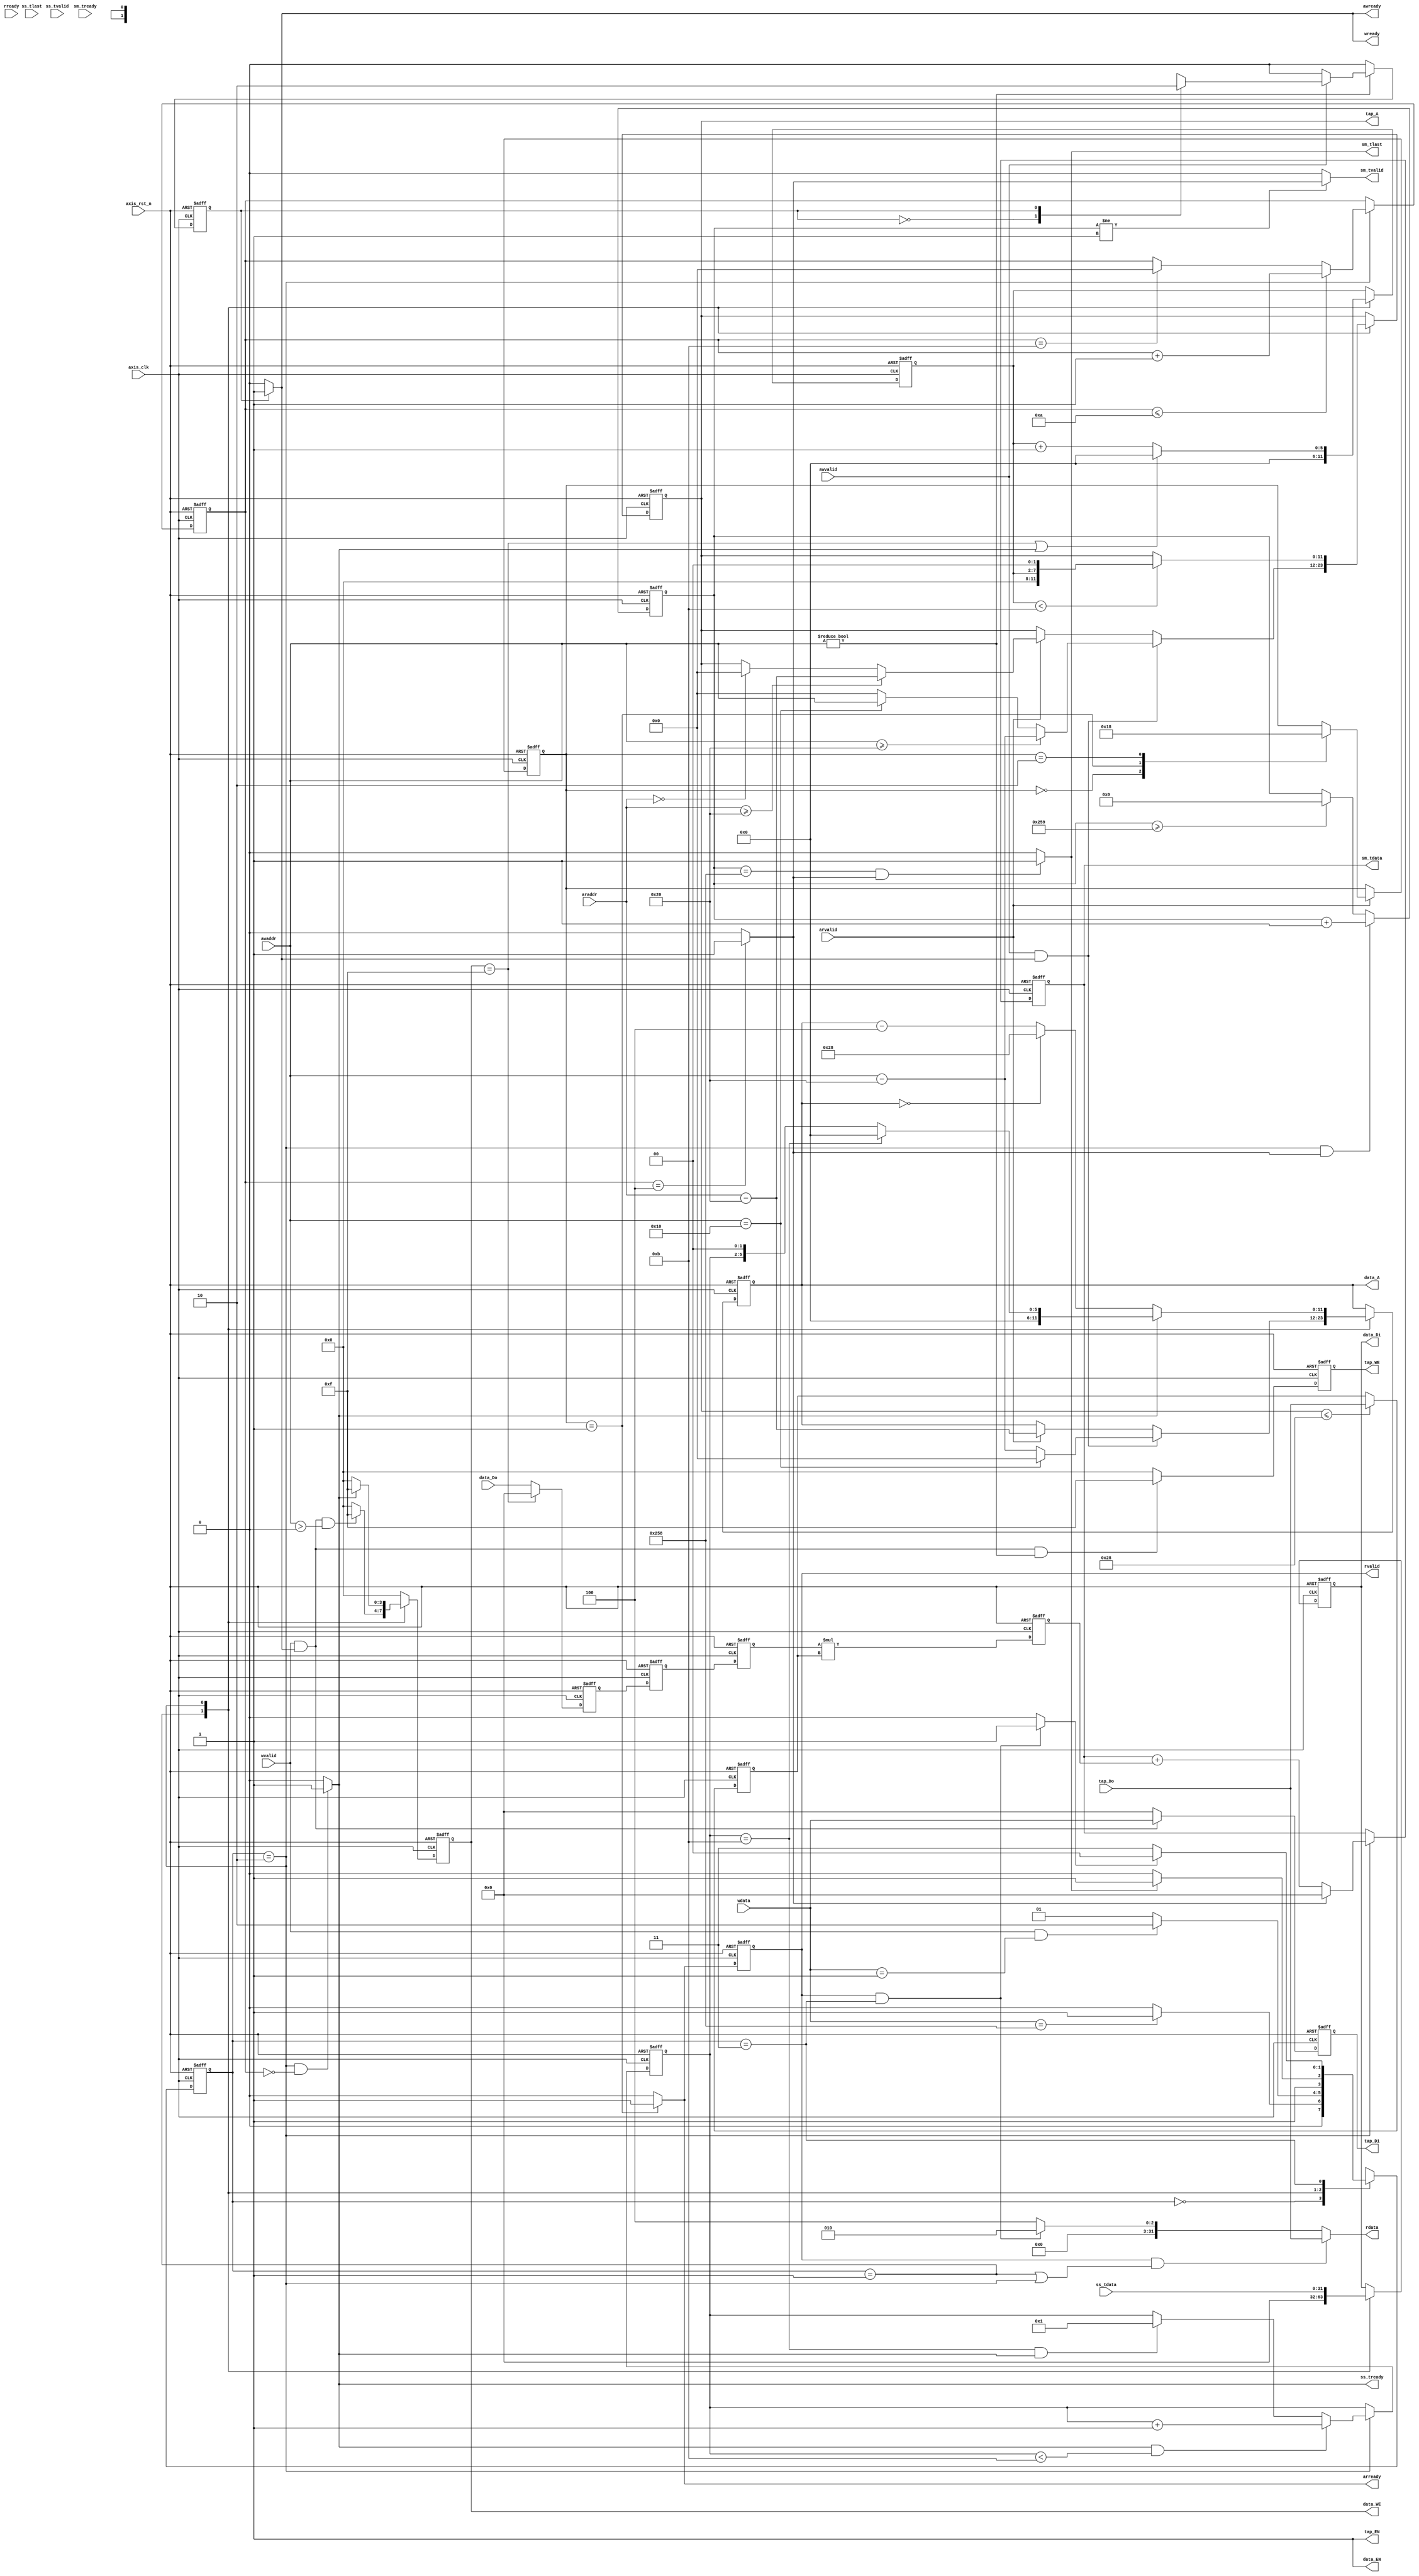
// Company: NTHU EE
// Engineer: 
`timescale 1ns / 1ps
module fir 
#(  parameter pADDR_WIDTH = 12,
    parameter pDATA_WIDTH = 32,
    parameter Tape_Num    = 11
)
(
    //Read address channel(RA)
    output  wire                     arready,
    input   wire [(pADDR_WIDTH-1):0] araddr,
    input   wire                     arvalid, 
    //Read data channel(RD)
    output  reg                      rvalid,
    output  wire [(pDATA_WIDTH-1):0] rdata,
    input   wire                     rready,
    //Write address channel(WA)
    output  wire                     awready,
    input   wire [(pADDR_WIDTH-1):0] awaddr,
    input   wire                     awvalid,
    //Write data channel(WD)
    output  wire                     wready,
    input   wire                     wvalid,
    input   wire [(pDATA_WIDTH-1):0] wdata,


    //streaming
    output  wire                     ss_tready,
    output  wire                     sm_tvalid, 
    output  wire [(pDATA_WIDTH-1):0] sm_tdata, 
    output  wire                     sm_tlast, 
    input   wire                     ss_tvalid, 
    input   wire [(pDATA_WIDTH-1):0] ss_tdata, 
    input   wire                     ss_tlast, 
    input   wire                     sm_tready, 

    
    // bram for tap RAM
    output  wire [3:0]               tap_WE,
    output  wire                     tap_EN,
    output  wire [(pDATA_WIDTH-1):0] tap_Di,
    output  wire [(pADDR_WIDTH-1):0] tap_A,
    input   wire [(pDATA_WIDTH-1):0] tap_Do,

    // bram for data RAM
    output  wire [3:0]               data_WE,
    output  wire                     data_EN,
    output  wire [(pDATA_WIDTH-1):0] data_Di,
    output  wire [(pADDR_WIDTH-1):0] data_A,
    input   wire [(pDATA_WIDTH-1):0] data_Do,

    input   wire                     axis_clk,
    input   wire                     axis_rst_n
);

//------------------FSM----------------------//
parameter                   IDLE = 2'd0;
parameter                   TAP2BRAM = 2'd1;
parameter                   COMPUTE = 2'd2;
parameter                   DONE = 2'd3;
reg     [1:0]               next_state;
reg     [1:0]               STATE;

//------------------AXI LITE------------------//
reg                         tap_wdata_wen;  
reg [1:0]                   tap_rdata_cnt;
reg [5:0]                   tap_A_cnt;                                         
reg                         awready_reg;    
reg                         wready_reg;

reg [(pADDR_WIDTH-1):0]     tap_A_reg;
reg [(pDATA_WIDTH-1):0]     tap_Di_reg;
reg [3:0]                   tap_WE_reg;

reg                         arready_reg;
reg                         rvalid_reg;
//------------------AXI Streaming--------------//
reg    [(pDATA_WIDTH-1):0]  data_Di_reg;
reg    [(pADDR_WIDTH-1):0]  data_A_reg;
reg    [3:0]                data_WE_reg;

reg    [(pADDR_WIDTH-1):0]  cal_cnt;
reg    [3:0]                fifo_cnt_ptr,fifo_cnt_ptr_next;
reg    [9:0]                gold_num,gold_num_next;

reg    [(pDATA_WIDTH-1):0]  coef;
reg    [(pDATA_WIDTH-1):0]  data_Xn;
reg    [(pDATA_WIDTH-1):0]  mult_result;
reg    [(pDATA_WIDTH-1):0]  data_Yn;
wire                        one_cycle_done;
wire ap_done;

assign ap_done = (STATE == DONE && rvalid) ? 1'b1 : 1'b0;

//fsm
always @(posedge axis_clk or negedge axis_rst_n) begin
    if(!axis_rst_n) STATE <= IDLE;
    else STATE <= next_state;
end

always @(*) begin
    case(STATE)
        IDLE:     next_state = (wdata == 32'd600) ? TAP2BRAM : IDLE;
        TAP2BRAM: next_state = (wvalid && wdata == 32'd1) ? COMPUTE : TAP2BRAM;
        COMPUTE:  next_state = (sm_tlast) ? DONE : COMPUTE;
        DONE:     next_state = (ap_done) ? IDLE : DONE;
        default:  next_state = IDLE;  
    endcase
end

//tap bram
assign tap_EN = 1'd1;
assign tap_A = tap_A_reg;
assign tap_Di = tap_Di_reg;
assign tap_WE = tap_WE_reg;

//awvalid form tb to control tap_wdata_wen
always @(posedge axis_clk or negedge axis_rst_n) begin
    if(~axis_rst_n) tap_wdata_wen <= 1'b0;
    else if(awaddr != 12'd0) begin
        tap_wdata_wen <= 1'd0;
        if (awvalid)begin
            case(tap_wdata_wen)
            1'b0:tap_wdata_wen <= 1'd1;
            1'b1:tap_wdata_wen <= 1'd0;
            default:tap_wdata_wen <= 1'd0;
            endcase
        end
    end
    else tap_wdata_wen <= 1'd0;
end
//write hs control
assign awready = (tap_wdata_wen)? 1:0;
assign wready =  (tap_wdata_wen)? 1:0;
//read hs control
assign arready = (tap_rdata_cnt == 2'd1)? 1:0; 

//rvalid = arready delay one clk
always @(posedge axis_clk or negedge axis_rst_n) begin
    if(~axis_rst_n) rvalid <= 1'd0;
    else rvalid <= arready;
end

//tap_Di
always @(posedge axis_clk or negedge axis_rst_n) begin
    if(~axis_rst_n) tap_Di_reg <= 32'b0;
    else tap_Di_reg <= (wvalid && wready) ? wdata : 32'b0;
end
//tap_we
always @(posedge axis_clk or negedge axis_rst_n) begin
    if(~axis_rst_n) tap_WE_reg <= 4'd0;
    else tap_WE_reg <= ((wvalid && wready) && (awaddr != 12'd0)) ? 4'b1111 : 4'd0;
end
//tap_A_cnt control
always @(posedge axis_clk or negedge axis_rst_n) begin
    if (~axis_rst_n) begin
        tap_A_cnt <= 6'd0;
    end else begin
        case (STATE)
            TAP2BRAM: tap_A_cnt <= 6'd0;
            COMPUTE: begin
                if (data_WE == 4'b1111 || ss_tready) tap_A_cnt <= 6'd0;
                else tap_A_cnt <= tap_A_cnt + 1'd1;
            end
            default: tap_A_cnt <= tap_A_cnt;  
        endcase
    end
end
//tap_A control
always @(posedge axis_clk or negedge axis_rst_n) begin
    if (~axis_rst_n) begin
        tap_A_reg <= 12'd0;
    end else begin
        case (STATE)
            TAP2BRAM: begin
                if (awvalid && awready) begin
                    if (awaddr >= 12'd32) tap_A_reg <= awaddr - 12'd32;
                    else if (awaddr == 12'd16) tap_A_reg <= awaddr;
                    else tap_A_reg <= 12'd0;
                end 
                else if (arvalid) begin
                    if (araddr >= 12'd32) tap_A_reg <= araddr - 12'd32;
                    else if (araddr == 12'd0) tap_A_reg <= 12'd0;
                    else tap_A_reg <= tap_A_reg;
                end
                else tap_A_reg <= tap_A_reg;
            end
            COMPUTE: begin
                if (tap_A_cnt < 6'd11) tap_A_reg <= tap_A_cnt << 2;  //tap_A_cnt * 4
                else tap_A_reg <= tap_A_reg;
            end
            default: tap_A_reg <= tap_A_reg;
        endcase
    end
end



//axi-lite
assign rdata = (rvalid && (STATE == TAP2BRAM || STATE == COMPUTE))? tap_Do: (rvalid && STATE == DONE)? 32'd2:32'd4; 

always @(posedge axis_clk or negedge axis_rst_n) begin
    if (~axis_rst_n) begin
        tap_rdata_cnt <= 2'b00;
    end else begin
        if (arvalid) begin
            case (tap_rdata_cnt)
                2'b00: tap_rdata_cnt <= 2'd1;
                2'b01: tap_rdata_cnt <= 2'd2;
                2'b10: tap_rdata_cnt <= 2'd0;
                default: tap_rdata_cnt <= tap_rdata_cnt;
            endcase
        end
        else tap_rdata_cnt <= tap_rdata_cnt;
    end
end


//data bram
assign data_Di = data_Di_reg;
assign data_A  = data_A_reg;
assign data_EN = 1'b1;
assign data_WE = data_WE_reg;

always @(posedge axis_clk or negedge axis_rst_n) begin
    if (~axis_rst_n) begin
        data_WE_reg <= 4'd0;
    end else begin
        case(STATE)
        TAP2BRAM: data_WE_reg <= (wvalid && wready && awaddr > 12'h000) ? 4'b1111 : 4'd0;
        COMPUTE:  data_WE_reg <= (ss_tready) ? 4'b1111 : 4'd0;
        default:  data_WE_reg <= 4'd0;
        endcase
    end
end

always @(posedge axis_clk or negedge axis_rst_n) begin
    if(!axis_rst_n) data_Di_reg <= 32'b0;
    else begin
        case(STATE)
        TAP2BRAM:   data_Di_reg <= 32'b0;
        COMPUTE:    data_Di_reg <= ss_tdata;
        default:    data_Di_reg <= data_Di_reg;
        endcase
    end
end

always @(posedge axis_clk or negedge axis_rst_n) begin
    if (!axis_rst_n) begin
        data_A_reg <= 12'h000;
    end else begin
        case (STATE)
        TAP2BRAM: begin
            if (awvalid && awready) data_A_reg <= (awaddr == 12'h010) ? 12'h000 : awaddr - 12'h020; 
            else if (arvalid) data_A_reg <= araddr - 12'h020;
            else data_A_reg <= data_A_reg;
        end
        COMPUTE: begin
            if (ss_tready) data_A_reg <= (fifo_cnt_ptr == 12'd11) ? 12'h000 : fifo_cnt_ptr << 2;
            else if (data_A_reg == 12'h000) data_A_reg <= 12'h028;
            else data_A_reg <= data_A_reg - 12'h004;
        end
        default: data_A_reg <= data_A_reg; 
        endcase
    end
end

//-----AXI stream------//
assign ss_tready = (STATE == COMPUTE && cal_cnt == 0)? 1:0;
assign sm_tvalid = (gold_num != 9'd1)? one_cycle_done:0;
assign sm_tlast =  (gold_num == 600 && one_cycle_done)? 1:0;

// Compute counter logic
always @(posedge axis_clk or negedge axis_rst_n) begin
    if (!axis_rst_n) 
        cal_cnt <= 4'd0;
    else case(STATE)
        COMPUTE: begin
        cal_cnt <= cal_cnt;
        if (cal_cnt <= 4'd10) 
            cal_cnt <= cal_cnt + 1'b1;
        else if (cal_cnt == 4'd11) 
            cal_cnt <= 0;
        end
        default: cal_cnt <= cal_cnt;
    endcase
end

// Pattern cycle logic
always @(posedge axis_clk or negedge axis_rst_n) begin
    if (!axis_rst_n) fifo_cnt_ptr <= 4'd0;
    else fifo_cnt_ptr <= fifo_cnt_ptr_next;
end

always@*begin
    case(STATE)
        COMPUTE: begin
        fifo_cnt_ptr_next = fifo_cnt_ptr;
        if (ss_tready && fifo_cnt_ptr < 4'd11) 
            fifo_cnt_ptr_next = fifo_cnt_ptr + 1;
        else if (fifo_cnt_ptr == 4'd11 && ss_tready) 
            fifo_cnt_ptr_next <= 1;
        end
        default: fifo_cnt_ptr_next = fifo_cnt_ptr;
    endcase
end

//gold_num
always @(posedge axis_clk or negedge axis_rst_n) begin
    if (!axis_rst_n)
        gold_num <= 0;
    else
        gold_num <= gold_num_next;
end
always@*begin
    if (STATE == COMPUTE && one_cycle_done)
        gold_num_next = gold_num + 1;
    else if (gold_num >= 601)
        gold_num_next = 0;
    else gold_num_next = gold_num;
end

//ss_tready delay 5 clk
assign one_cycle_done = (cal_cnt == 12'd4)? 1:0;

//tap_Do to coef_reg to calculate
// pipeline reg
reg [31:0] data_Do_pipeline [0:2];

//FIR calculate
always @(posedge axis_clk or negedge axis_rst_n) begin
    if (!axis_rst_n) begin
        coef <= 0;
        data_Do_pipeline[0] <= 0;
        data_Do_pipeline[1] <= 0;
        data_Xn <= 0;
        mult_result <= 0;
    end else begin
        // tap_Do to coef_reg to calculate
        if (tap_A <= 12'h028) 
            coef <= tap_Do;
        else 
            coef <= coef;
            
        // data_Do delay 3clk to data_Xn
        if (data_WE == 4'b1111) 
            data_Do_pipeline[0] <= 0;
        else 
            data_Do_pipeline[0] <= data_Do;
        
        if (data_EN)
            data_Do_pipeline[1] <= data_Do_pipeline[0];
        else
            data_Do_pipeline[1] <= data_Do_pipeline[1];
            
        if (data_EN)
            data_Xn <= data_Do_pipeline[1];
        else
            data_Xn <= data_Xn;

        if (data_EN)
            mult_result <= data_Xn * coef;
        else
            mult_result <= mult_result;
    end
end


//data strm out sm_tdata
always @(posedge axis_clk or negedge axis_rst_n) begin
    if(!axis_rst_n) data_Yn <= 0;
    else if (data_EN && STATE == COMPUTE) begin
        if (~one_cycle_done) data_Yn <= data_Yn + mult_result;
        else data_Yn <= 0;
    end
    else data_Yn <= data_Yn;
end
assign sm_tdata = data_Yn;



endmodule